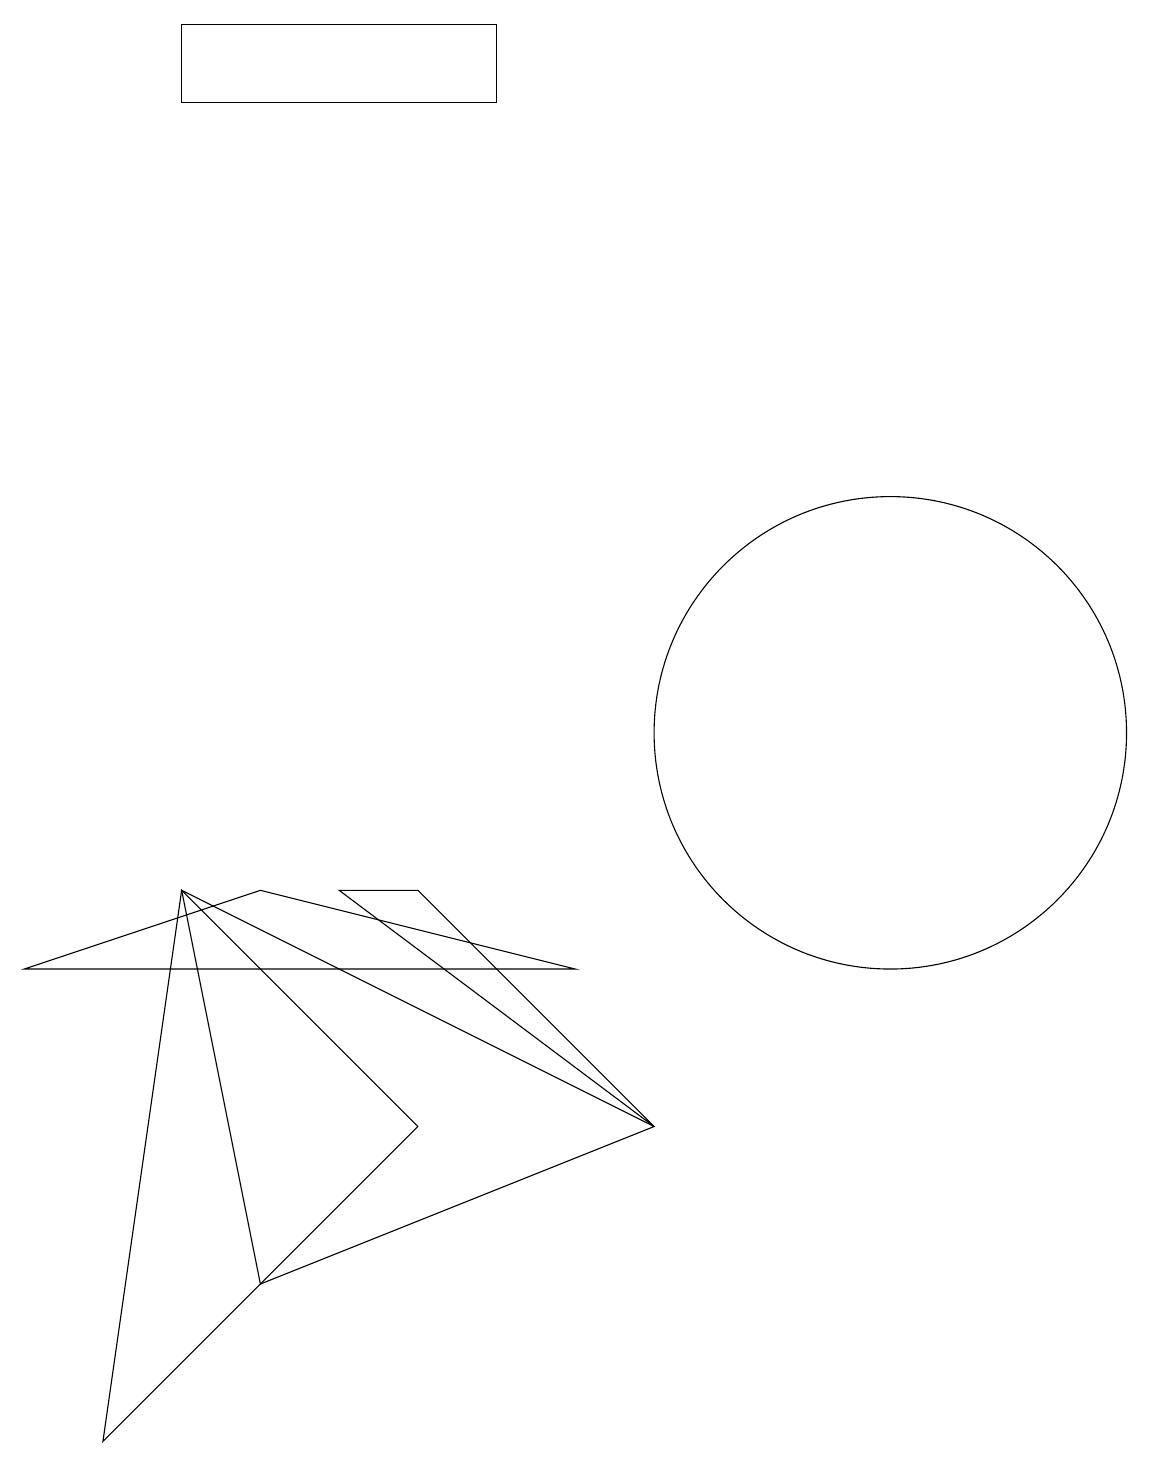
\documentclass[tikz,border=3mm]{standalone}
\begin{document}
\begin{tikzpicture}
\draw (12,12) circle (0);
\draw (2,8) -- (8,5) -- (3,3) -- cycle;
\draw (0,7) -- (3,8) -- (7,7) -- cycle;
\draw (2,19) rectangle (6,18);
\draw (5,8) -- (8,5) -- (4,8) -- cycle;
\draw (11,10) circle (3);
\draw (5,5) -- (1,1) -- (2,8) -- cycle;
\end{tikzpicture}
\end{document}